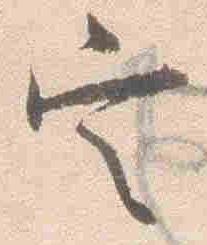
定